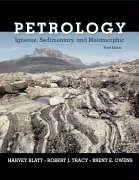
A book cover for Petrology: Igneous, Sedimentary, and Metamorphic; Harvey Blatt; Science & Math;